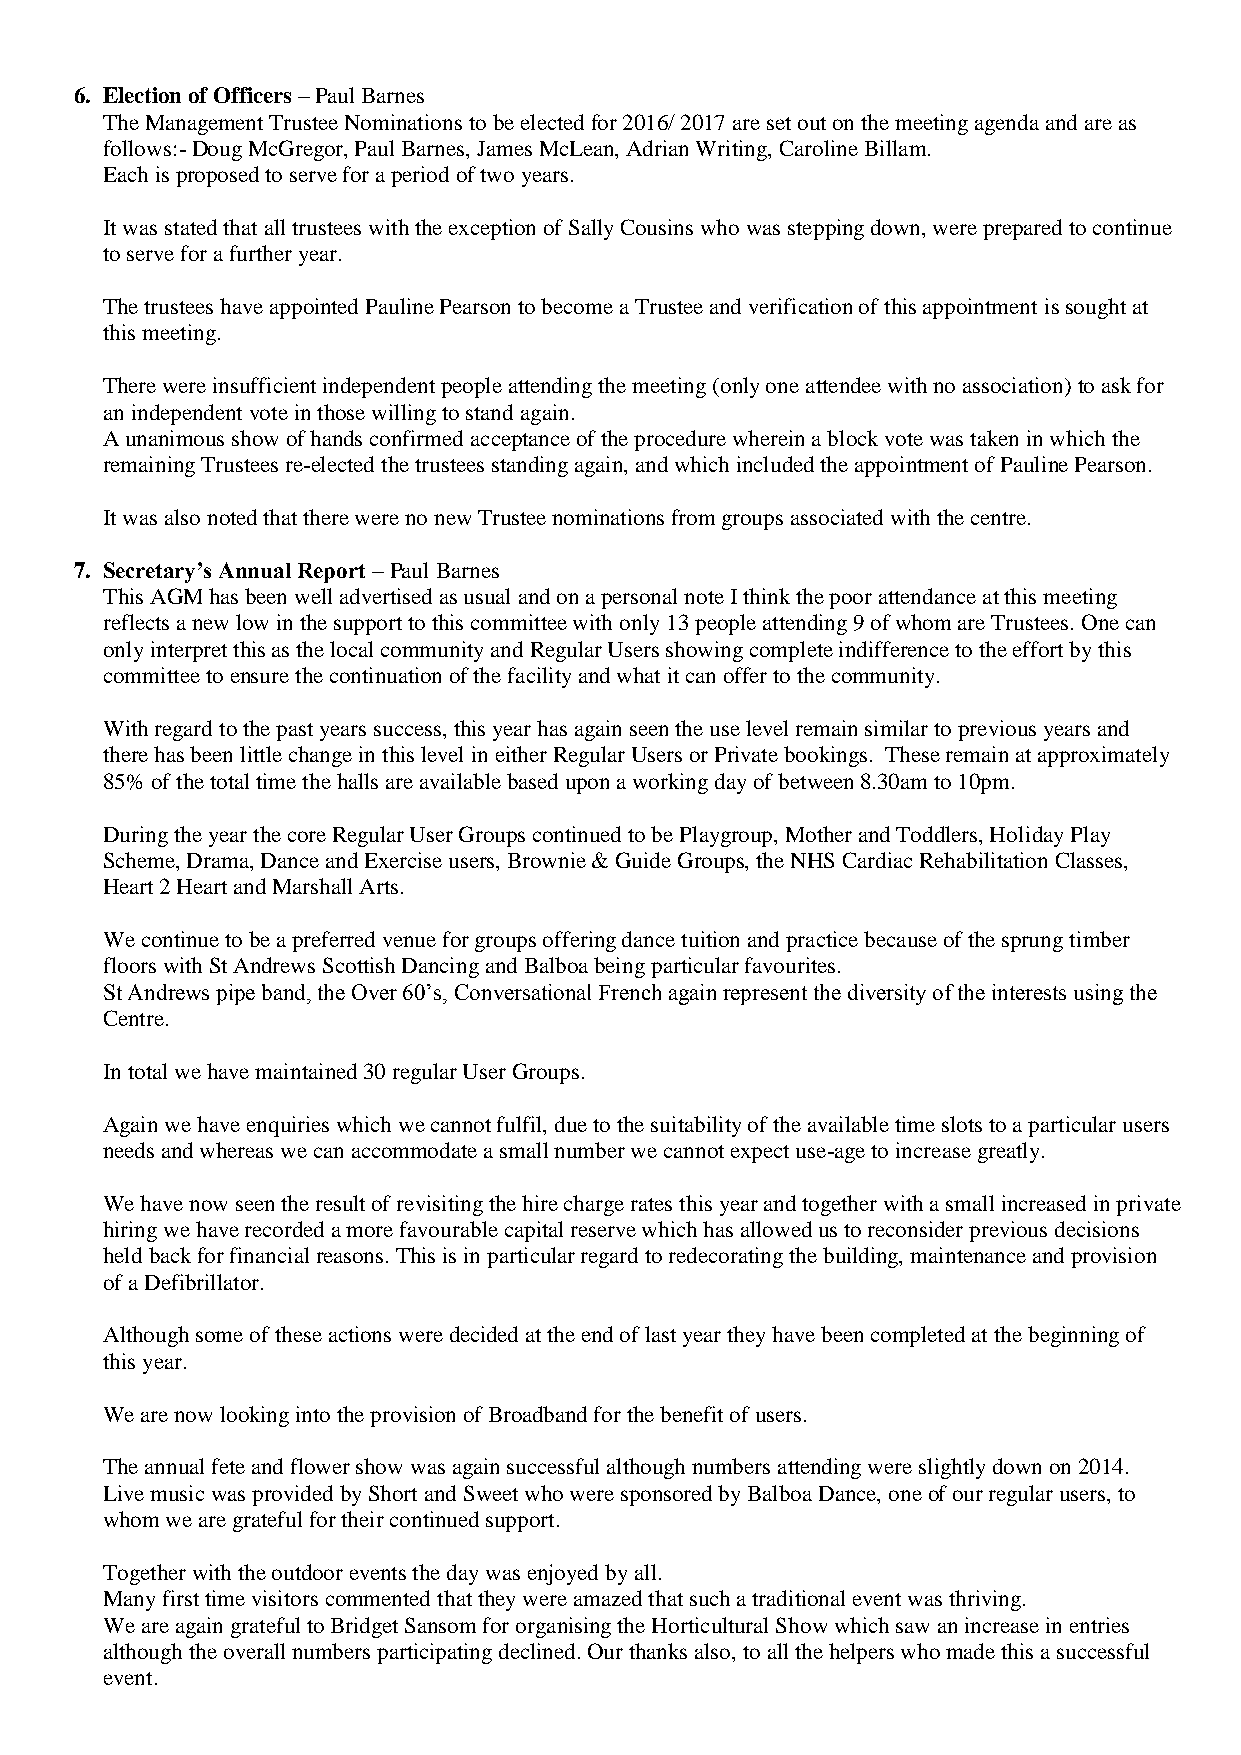
6. Election of Officers – Paul Barnes
 The Management Trustee Nominations to be elected for 2016/ 2017 are set out on the meeting agenda and are as
 follows:- Doug McGregor, Paul Barnes, James McLean, Adrian Writing, Caroline Billam.
 Each is proposed to serve for a period of two years.
 It was stated that all trustees with the exception of Sally Cousins who was stepping down, were prepared to continue
 to serve for a further year.
 The trustees have appointed Pauline Pearson to become a Trustee and verification of this appointment is sought at
 this meeting.
 There were insufficient independent people attending the meeting (only one attendee with no association) to ask for
 an independent vote in those willing to stand again.
 A unanimous show of hands confirmed acceptance of the procedure wherein a block vote was taken in which the
 remaining Trustees re-elected the trustees standing again, and which included the appointment of Pauline Pearson.
 It was also noted that there were no new Trustee nominations from groups associated with the centre.
 7. Secretary’s Annual Report – Paul Barnes
 This AGM has been well advertised as usual and on a personal note I think the poor attendance at this meeting
 reflects a new low in the support to this committee with only 13 people attending 9 of whom are Trustees. One can
 only interpret this as the local community and Regular Users showing complete indifference to the effort by this
 committee to ensure the continuation of the facility and what it can offer to the community.
 With regard to the past years success, this year has again seen the use level remain similar to previous years and
 there has been little change in this level in either Regular Users or Private bookings. These remain at approximately
 85% of the total time the halls are available based upon a working day of between 8.30am to 10pm.
 During the year the core Regular User Groups continued to be Playgroup, Mother and Toddlers, Holiday Play
 Scheme, Drama, Dance and Exercise users, Brownie & Guide Groups, the NHS Cardiac Rehabilitation Classes,
 Heart 2 Heart and Marshall Arts.
 We continue to be a preferred venue for groups offering dance tuition and practice because of the sprung timber
 floors with St Andrews Scottish Dancing and Balboa being particular favourites.
 St Andrews pipe band, the Over 60’s, Conversational French again represent the diversity of the interests using the
 Centre.
 In total we have maintained 30 regular User Groups.
 Again we have enquiries which we cannot fulfil, due to the suitability of the available time slots to a particular users
 needs and whereas we can accommodate a small number we cannot expect use-age to increase greatly.
 We have now seen the result of revisiting the hire charge rates this year and together with a small increased in private
 hiring we have recorded a more favourable capital reserve which has allowed us to reconsider previous decisions
 held back for financial reasons. This is in particular regard to redecorating the building, maintenance and provision
 of a Defibrillator.
 Although some of these actions were decided at the end of last year they have been completed at the beginning of
 this year.
 We are now looking into the provision of Broadband for the benefit of users.
 The annual fete and flower show was again successful although numbers attending were slightly down on 2014.
 Live music was provided by Short and Sweet who were sponsored by Balboa Dance, one of our regular users, to
 whom we are grateful for their continued support.
 Together with the outdoor events the day was enjoyed by all.
 Many first time visitors commented that they were amazed that such a traditional event was thriving.
 We are again grateful to Bridget Sansom for organising the Horticultural Show which saw an increase in entries
 although the overall numbers participating declined. Our thanks also, to all the helpers who made this a successful
 event.